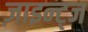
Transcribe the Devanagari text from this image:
ज़ाइन्ट्ज